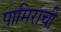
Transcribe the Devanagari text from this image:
पामिराची